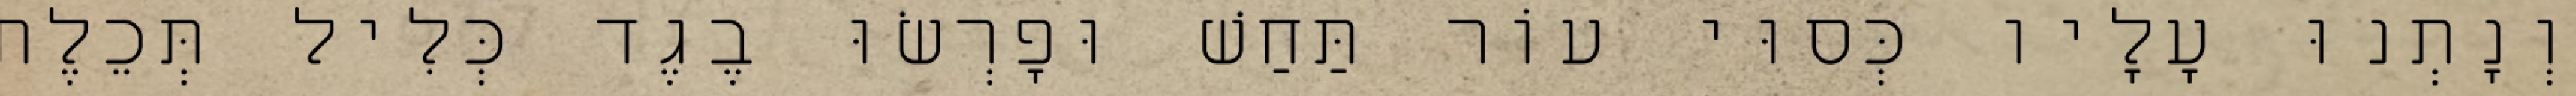
וְנָתְנוּ עָלָיו כְּסוּי עוֹר תַּחַשׁ וּפָרְשׂוּ בֶגֶד כְּלִיל תְּכֵלֶת